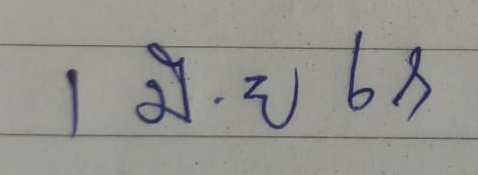
1 มิ.ย 68